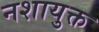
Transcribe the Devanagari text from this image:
नशायुक्त